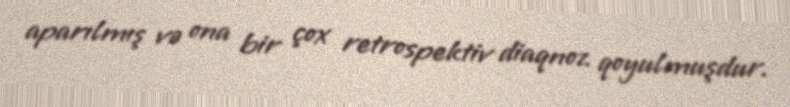
aparılmış və ona bir çox retrospektiv diaqnoz qoyulmuşdur.